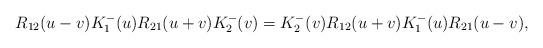
LaTeX: \begin{align*} R_{12}(u-v)K_{1}^-(u)R_{21}(u+v) K^-_{2}(v)= K^{-}_{2}(v)R_{12}(u+v)K^{-}_{1}(u)R_{21}(u-v), \end{align*}